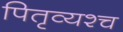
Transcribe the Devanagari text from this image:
पितृव्यश्च